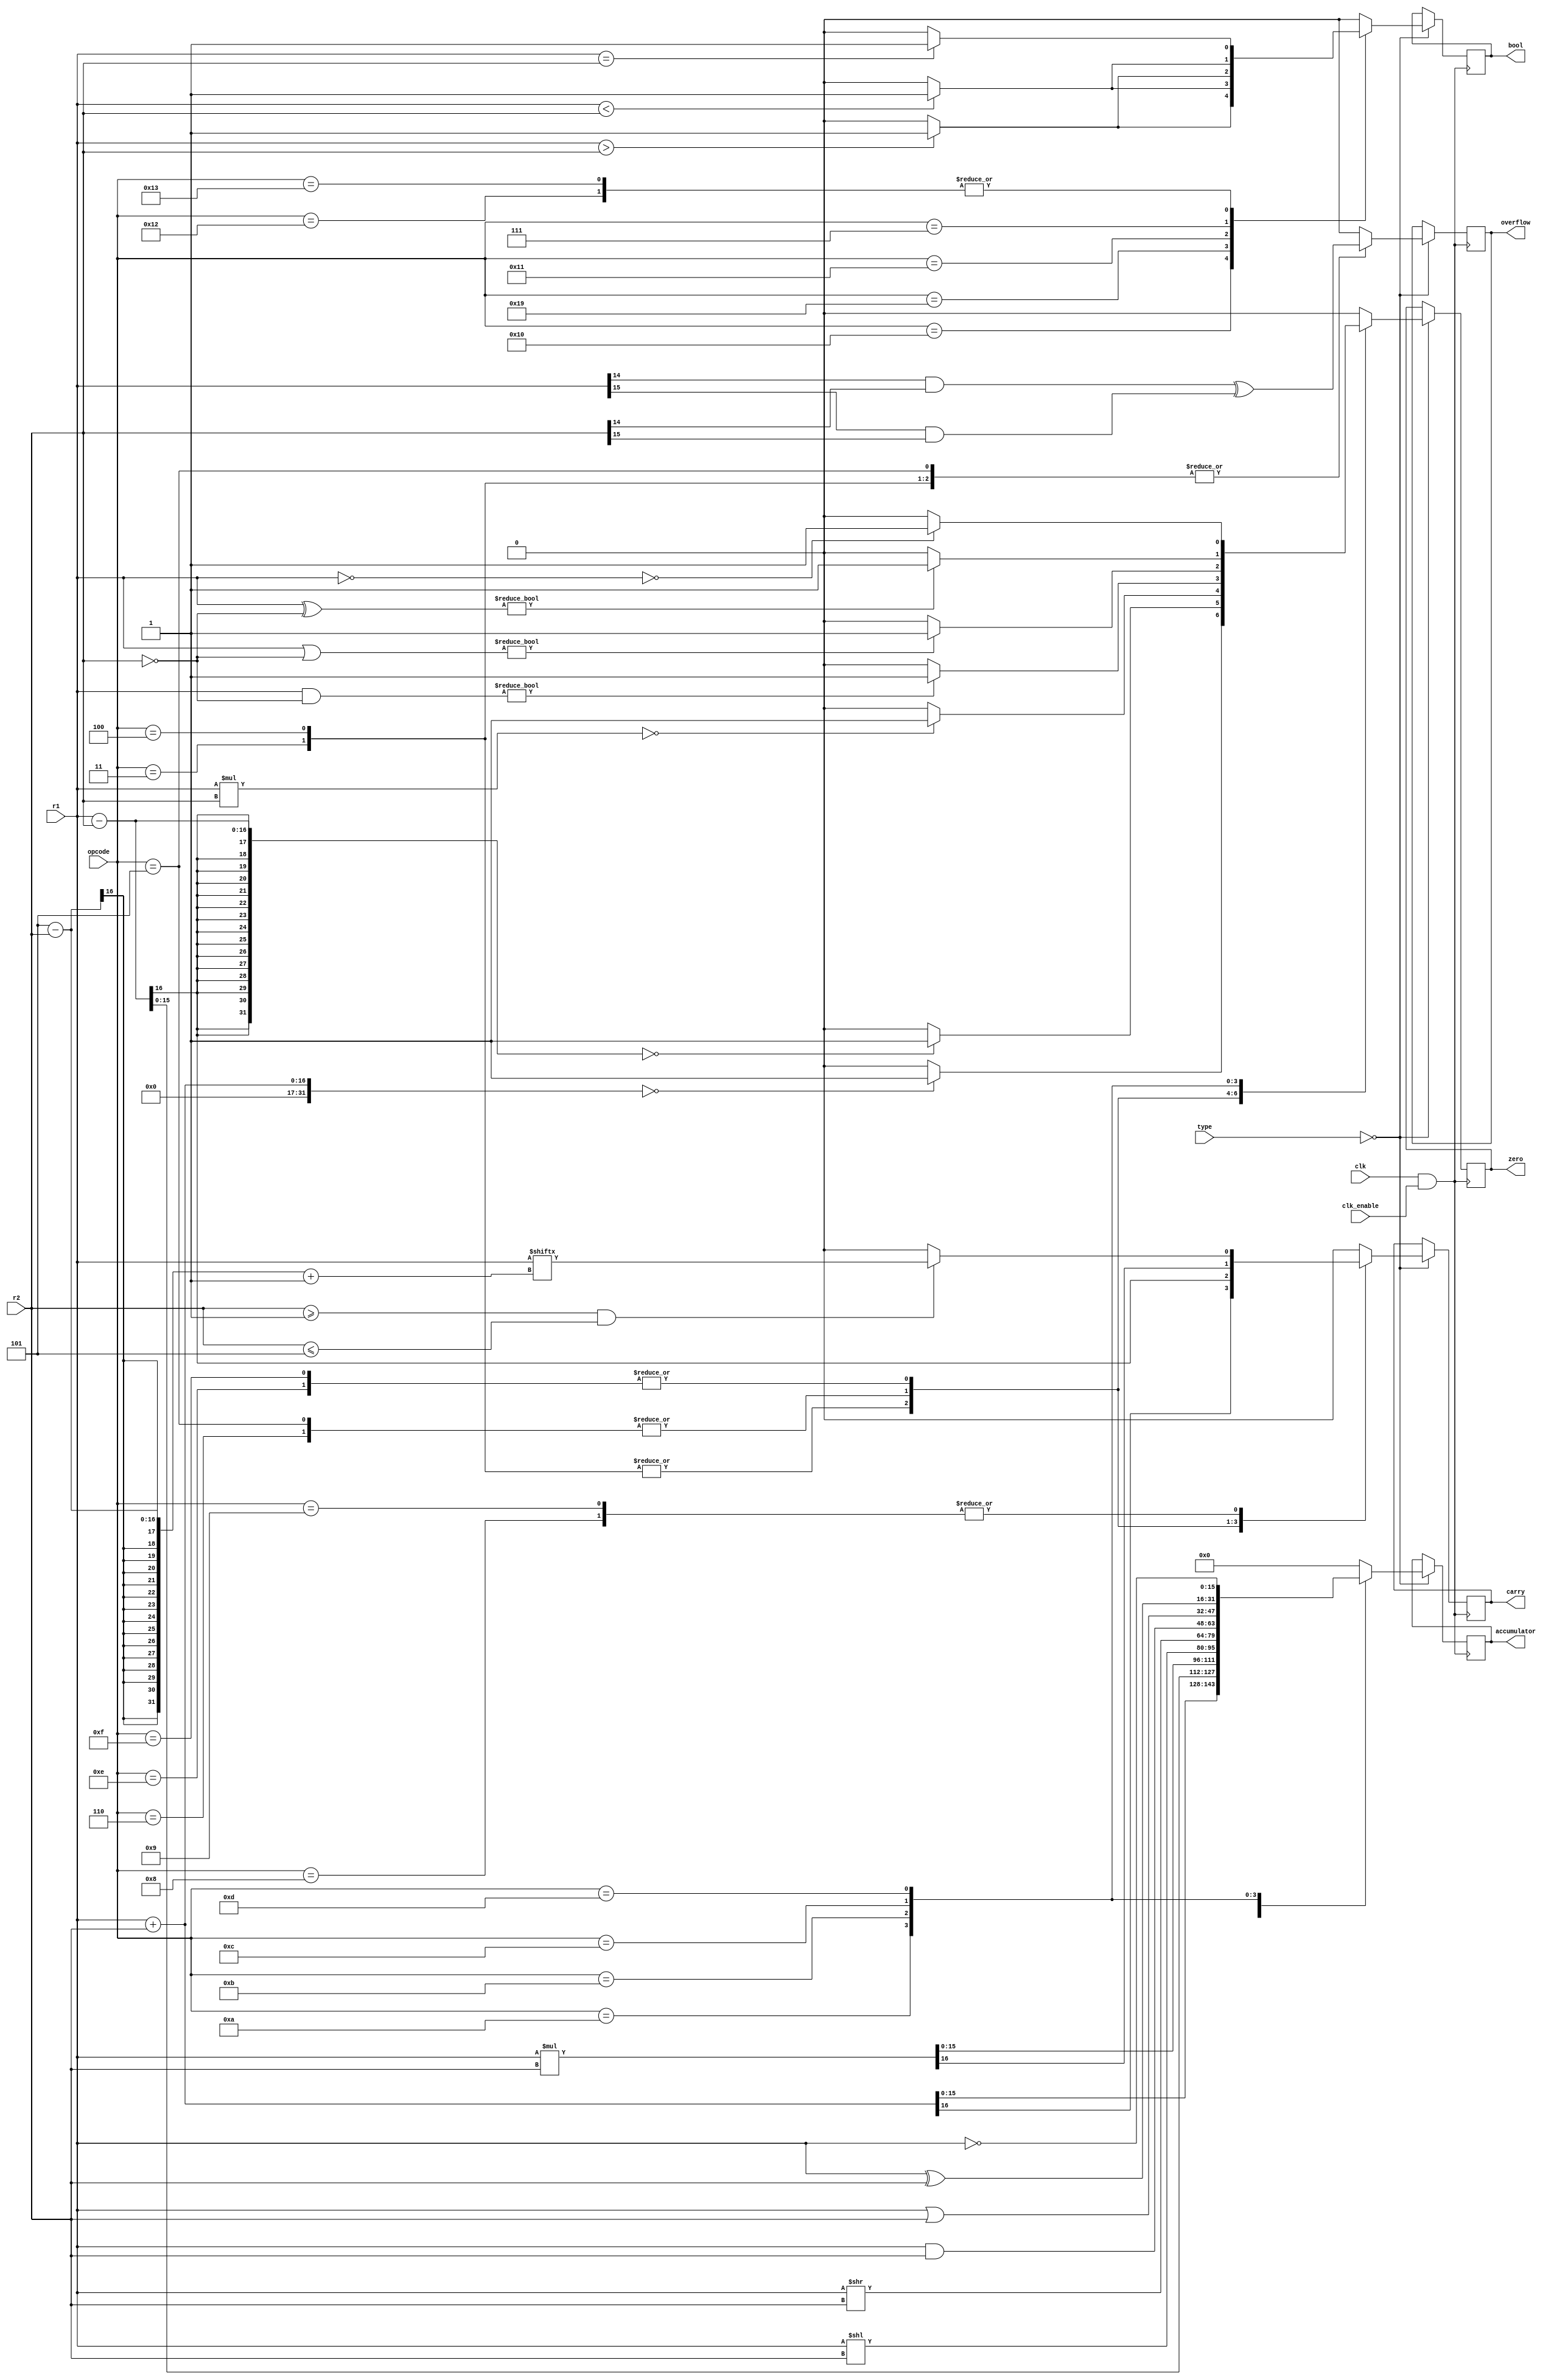
module ALU(
    input clk, clk_enable,
    input [1:0] type,
    input [15:0] r1,r2,
    input [4:0] opcode,
    output reg [15:0] accumulator,
    output reg carry,overflow,bool,zero
    );
    
    always @(negedge clk & clk_enable) begin
        if (type==2'b00) begin
        case (opcode)
            5'b00011: begin {carry,accumulator} = r1 + r2; // ADD
                        overflow = (r1[14] & r2[14]) ^ (r1[15] & r2[15]);
                        bool=1'b0;
                        zero = (r1 + r2 == 0)? 1'b1:1'b0;
                      end
            5'b00100: begin 
                        {carry,accumulator} = r1 + r2; // ADD IMMEDIATE
                        overflow = (r1[14] & r2[14]) ^ (r1[15] & r2[15]);
                        bool=1'b0;
                        zero = (r1 + r2 == 0)? 1'b1:1'b0;
                       end
            5'b00101: begin {carry,accumulator} = r1 - r2; // SUBTRACT
                        overflow = (r1[14] & r2[14]) ^ (r1[15] & r2[15]);
                        bool=1'b0;
                        zero = (r1 - r2 == 0)? 1'b1:1'b0;
                      end
            5'b00110: begin 
                        {carry,accumulator} = r1 - r2; // SUBTRACT IMMEDIATE
                        overflow = (r1[14] & r2[14]) ^ (r1[15] & r2[15]);
                        bool=1'b0;
                        zero = (r1 - r2 == 0)? 1'b1:1'b0;
                        end
            5'b01110: begin  // MULTIPLY
                        {carry,accumulator} = r1*r2; 
                        overflow =1'b0 ; 
                        bool=1'b0;
                        zero = (r1*r2 == 0)? 1'b1:1'b0;
                        end
            5'b01111: begin 
                        {carry,accumulator} = r1*r2;  // MULTIPLY IMMEDIATE
                        overflow =1'b0 ; 
                        bool=1'b0;
                        zero = (r1*r2 == 0)? 1'b1:1'b0;
                        end
            5'b10000: begin bool = (r1>r2)?1:0; // R1 > R2
                        accumulator = 'b0;
                        carry = 1'b0;
                        overflow =1'b0;
                        zero = 1'b0;
                        end
            5'b11001: begin 
                        bool = (r1<r2)?1:0; // R1 < R2
                        accumulator = 'b0;
                        carry = 1'b0;
                        overflow =1'b0;
                        zero = 1'b0;
                        end
            5'b10001: begin bool = (r1>r2)?1'b1:1'b0; // R1 > IMMEDIATE VALUE
                        accumulator = 'b0;
                        carry = 1'b0;
                        overflow =1'b0;
                        zero = 1'b0;
                        end
            5'b00111:begin begin bool = (r1<r2)?1'b1:1'b0; // R1 < IMMEDIATE VALUE
                        accumulator = 'b0;
                        carry = 1'b0;
                        overflow =1'b0;
                        zero = 1'b0;
                        end
                        end
            5'b10010: begin bool = (r1==r2)?1:0; // R1 EQUAL TO R2
                        accumulator = 'b0; 
                        carry = 1'b0;
                        overflow =1'b0;
                        zero = 1'b0;
                        end
            5'b10011: begin bool = (r1==r2)?1:0;  // R2 EQUALT TO R2 IMMEDIATE
                        accumulator = 'b0; 
                        carry = 1'b0;
                        overflow =1'b0;
                        zero = 1'b0;
                        end
            5'b01000: begin accumulator = r1<<r2; // LEFT SHIFT
                        carry = (r2 >= 1 && r2 <= 5) ? r1[5 - r2 + 1] : 1'b0;
                        overflow = 1'b0;
                        zero = 1'b0;
                        bool= 1'b0;
                        end
            5'b01001: begin accumulator = r1>>r2; // RIGHT SHIFT
                        carry = (r2 >= 1 && r2 <= 5) ? r1[5 - r2 + 1] : 1'b0;
                        overflow = 1'b0;
                        zero = 1'b0;
                        bool= 1'b0;
                        end
            5'b01010: begin accumulator = r1&r2; // BITWISE AND
                         carry = 1'b0;
                         overflow = 1'b0;
                         zero = (r1 & r2 == 0)? 1'b1:1'b0; 
                         bool= 1'b0;  
                        end
            5'b01011: begin accumulator = r1|r2; // BITWISE OR
                         carry = 1'b0;
                         overflow = 1'b0;
                         zero = (r1 | r2 == 0)? 1'b1:1'b0;
                         bool= 1'b0;   
                        end
            5'b01100: begin accumulator = r1^r2; // BITWISE XOR
                         carry = 1'b0;
                         overflow = 1'b0;
                         zero = (r1 ^ r2 == 0)? 1'b1:1'b0;
                         bool= 1'b0;   
                        end
            5'b01101: begin accumulator = ~r1; // NEGATION
                         carry = 1'b0;
                         overflow = 1'b0; 
                         zero = (~r1 == 0)? 1'b1:1'b0; 
                         bool= 1'b0; 
                        end
            default: begin
                         accumulator = 'b0;
                         carry = 1'b0;
                         overflow = 1'b0;
                         zero = 1'b0;
                         bool =1'b0;
                        end
            
        endcase
        end
        end
endmodule